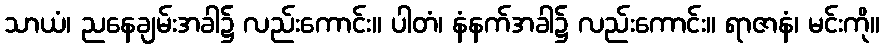
သာယံ၊ ညနေချမ်းအခါ၌ လည်းကောင်း။ ပါတံ၊ နံနက်အခါ၌ လည်းကောင်း။ ရာဇာနံ၊ မင်းကို။